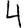
Digit: 4